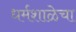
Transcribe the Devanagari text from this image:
धर्मशाळेचा